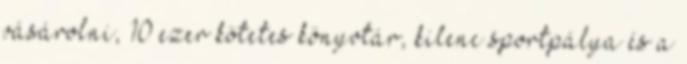
vásárolni, 10 ezer kötetes könyvtár, kilenc sportpálya és a